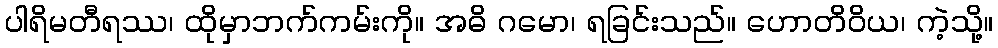
ပါရိမတီရဿ၊ ထိုမှာဘက်ကမ်းကို။ အဓိ ဂမော၊ ရခြင်းသည်။ ဟောတိဝိယ၊ ကဲ့သို့။